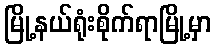
မြို့နယ်ရုံးစိုက်ရာမြို့မှာ